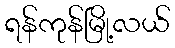
ရန်ကုန်မြို့လယ်